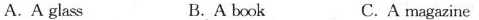
A.A glass B.A book C. A magazine